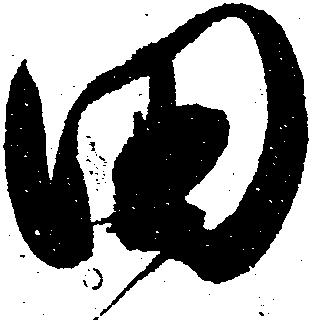
田